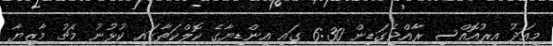
މިއަދު އިރުއޮއްސި ރާއްޖެގަޑިން 6:30 ގައި އިންޑިޔާގެ ކޮލްކަތާގައި ކުޅުނު މެޗު މާޒިޔާ